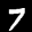
Label: 7